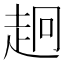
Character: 𧺸